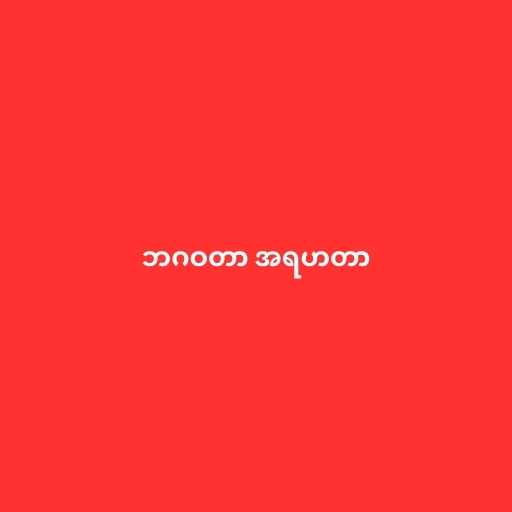
ဘဂဝတာ အရဟတာ